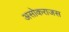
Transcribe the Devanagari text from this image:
असोकराजस